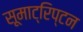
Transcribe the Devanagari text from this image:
सूमाट्रिप्टन